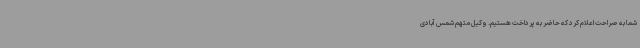
شما به صراحت اعلام کرد که حاضر به پرداخت هستیم. وکیل متهم شمس آبادی